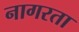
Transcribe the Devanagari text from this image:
नागरता